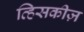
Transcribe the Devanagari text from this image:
व्हिसकीज़